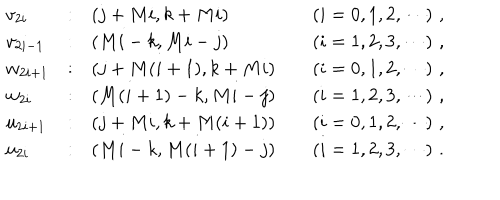
\begin{array} { l c l c l } { { v _ { 2 i } } } & { { : } } & { { ( j + M i , k + M i ) } } & { { \hspace { 1 c m } } } & { { ( i = 0 , 1 , 2 , \cdots ) \, \, , } } \\ { { v _ { 2 i - 1 } } } & { { : } } & { { ( M i - k , M i - j ) } } & { { \hspace { 1 c m } } } & { { ( i = 1 , 2 , 3 , \cdots ) \, \, , } } \\ { { w _ { 2 i + 1 } } } & { { : } } & { { ( j + M ( i + 1 ) , k + M i ) } } & { { \hspace { 1 c m } } } & { { ( i = 0 , 1 , 2 , \cdots ) \, \, , } } \\ { { w _ { 2 i } } } & { { : } } & { { ( M ( i + 1 ) - k , M i - j ) } } & { { \hspace { 1 c m } } } & { { ( i = 1 , 2 , 3 , \cdots ) \, \, , } } \\ { { u _ { 2 i + 1 } } } & { { : } } & { { ( j + M i , k + M ( i + 1 ) ) } } & { { \hspace { 1 c m } } } & { { ( i = 0 , 1 , 2 , \cdots ) \, \, , } } \\ { { u _ { 2 i } } } & { { : } } & { { ( M i - k , M ( i + 1 ) - j ) } } & { { \hspace { 1 c m } } } & { { ( i = 1 , 2 , 3 , \cdots ) \, \, . } } \\ \end{array}